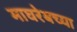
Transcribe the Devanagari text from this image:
माघरेबच्या